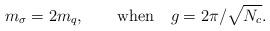
LaTeX: \begin{align*}m_{\sigma } = 2 m_q, ~~~~~~{\rm when}~~~ g=2 \pi/\sqrt{N_c}.\end{align*}